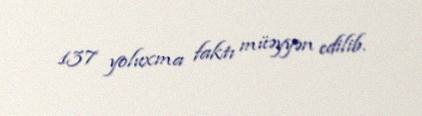
137 yoluxma faktı müəyyən edilib.